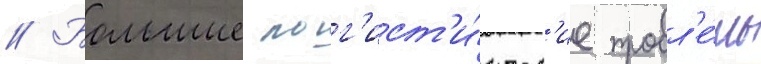
// Большие лог'ист'и́ческ'ие пробл'е́мы